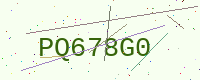
Text: PQ678G0